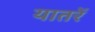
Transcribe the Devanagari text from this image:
यातरें